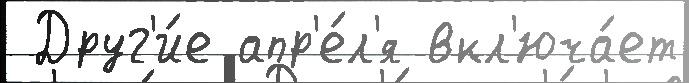
 Друг'и́е апр'е́л'я вкл'юча́ет